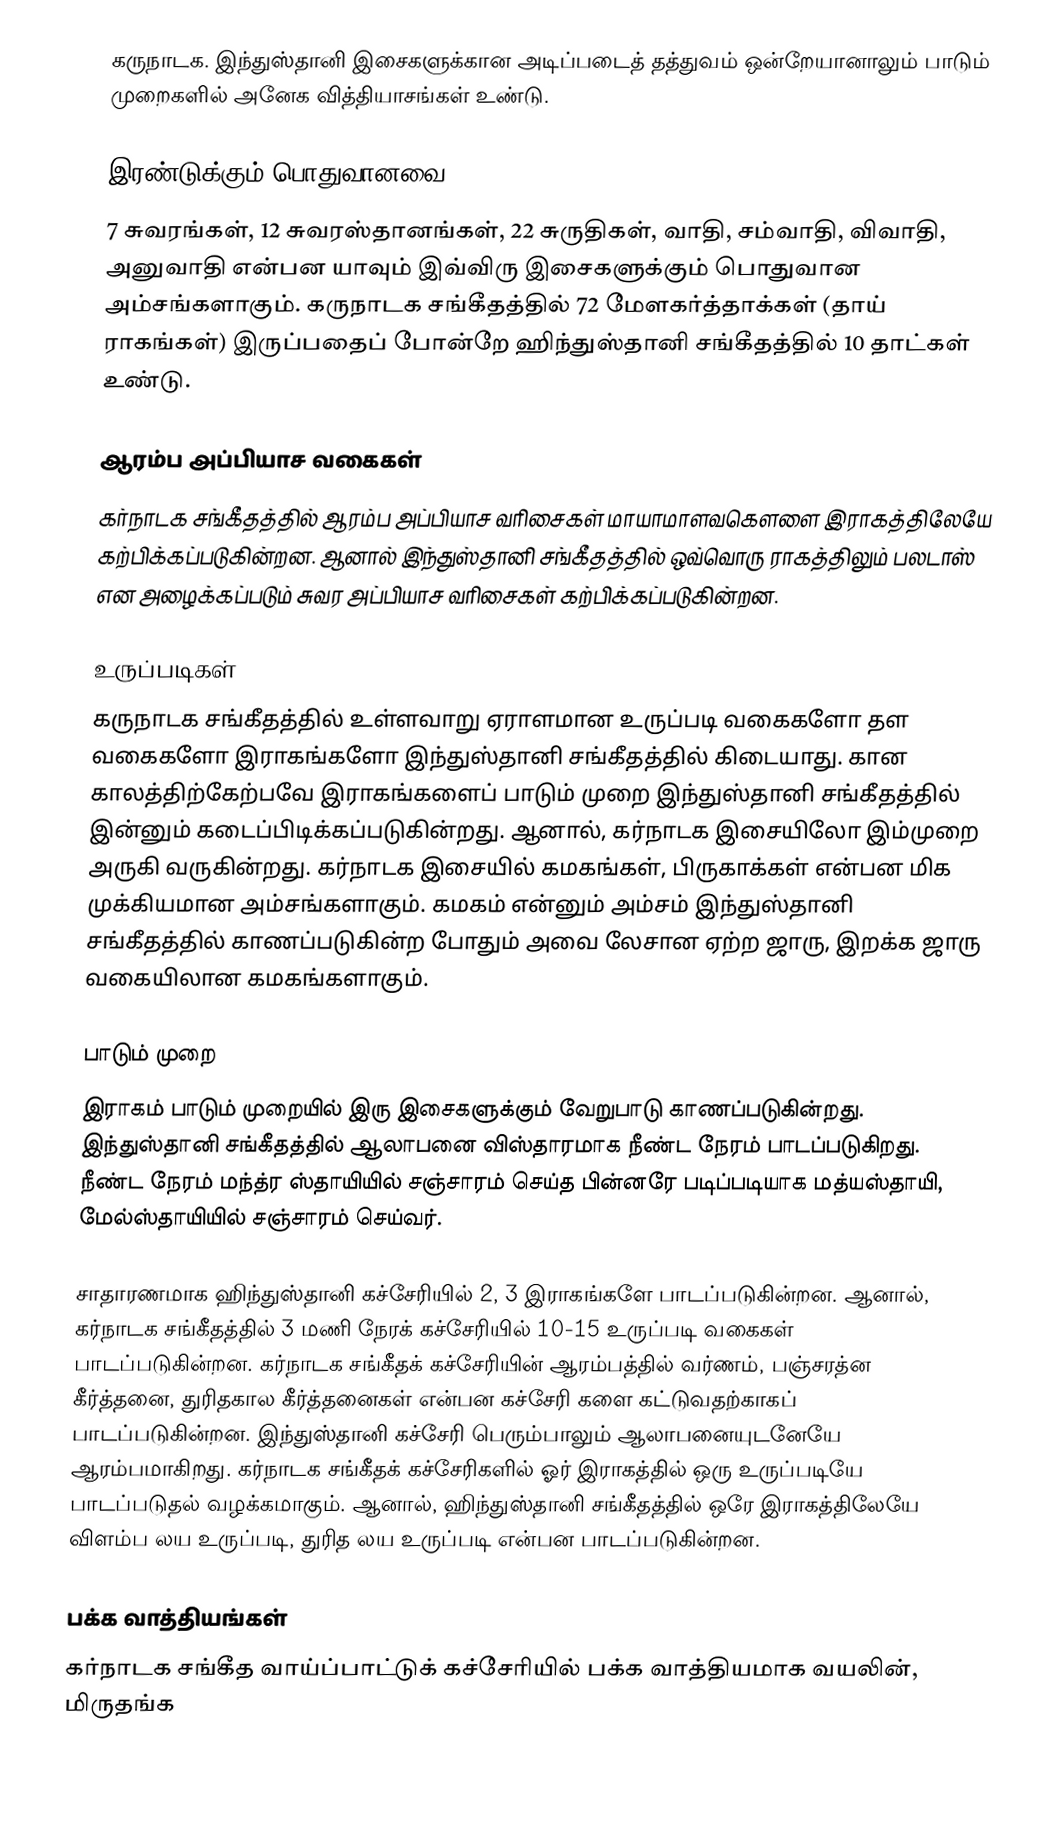
கருநாடக. இந்துஸ்தானி இசைகளுக்கான அடிப்படைத் தத்துவம் ஒன்றேயானாலும் பாடும் முறைகளில் அனேக வித்தியாசங்கள் உண்டு.

இரண்டுக்கும் பொதுவானவை
7 சுவரங்கள், 12 சுவரஸ்தானங்கள், 22 சுருதிகள், வாதி, சம்வாதி, விவாதி, அனுவாதி என்பன யாவும் இவ்விரு இசைகளுக்கும் பொதுவான அம்சங்களாகும். கருநாடக சங்கீதத்தில் 72 மேளகர்த்தாக்கள் (தாய் ராகங்கள்) இருப்பதைப் போன்றே ஹிந்துஸ்தானி சங்கீதத்தில் 10 தாட்கள் உண்டு.

ஆரம்ப அப்பியாச வகைகள்
கர்நாடக சங்கீதத்தில் ஆரம்ப அப்பியாச வரிசைகள் மாயாமாளவகெளளை இராகத்திலேயே கற்பிக்கப்படுகின்றன. ஆனால் இந்துஸ்தானி சங்கீதத்தில் ஒவ்வொரு ராகத்திலும் பலடாஸ் என அழைக்கப்படும் சுவர அப்பியாச வரிசைகள் கற்பிக்கப்படுகின்றன.

உருப்படிகள்
கருநாடக சங்கீதத்தில் உள்ளவாறு ஏராளமான உருப்படி வகைகளோ தள வகைகளோ இராகங்களோ இந்துஸ்தானி சங்கீதத்தில் கிடையாது. கான காலத்திற்கேற்பவே இராகங்களைப் பாடும் முறை இந்துஸ்தானி சங்கீதத்தில் இன்னும் கடைப்பிடிக்கப்படுகின்றது. ஆனால், கர்நாடக இசையிலோ இம்முறை அருகி வருகின்றது. கர்நாடக இசையில் கமகங்கள், பிருகாக்கள் என்பன மிக முக்கியமான அம்சங்களாகும். கமகம் என்னும் அம்சம் இந்துஸ்தானி சங்கீதத்தில் காணப்படுகின்ற போதும் அவை லேசான ஏற்ற ஜாரு, இறக்க ஜாரு வகையிலான கமகங்களாகும்.

பாடும் முறை
இராகம் பாடும் முறையில் இரு இசைகளுக்கும் வேறுபாடு காணப்படுகின்றது. இந்துஸ்தானி சங்கீதத்தில் ஆலாபனை விஸ்தாரமாக நீண்ட நேரம் பாடப்படுகிறது. நீண்ட நேரம் மந்த்ர ஸ்தாயியில் சஞ்சாரம் செய்த பின்னரே படிப்படியாக மத்யஸ்தாயி, மேல்ஸ்தாயியில் சஞ்சாரம் செய்வர்.

சாதாரணமாக ஹிந்துஸ்தானி கச்சேரியில் 2, 3 இராகங்களே பாடப்படுகின்றன. ஆனால், கர்நாடக சங்கீதத்தில் 3 மணி நேரக் கச்சேரியில் 10-15 உருப்படி வகைகள் பாடப்படுகின்றன. கர்நாடக சங்கீதக் கச்சேரியின் ஆரம்பத்தில் வர்ணம், பஞ்சரத்ன கீர்த்தனை, துரிதகால கீர்த்தனைகள் என்பன கச்சேரி களை கட்டுவதற்காகப் பாடப்படுகின்றன. இந்துஸ்தானி கச்சேரி பெரும்பாலும் ஆலாபனையுடனேயே ஆரம்பமாகிறது. கர்நாடக சங்கீதக் கச்சேரிகளில் ஓர் இராகத்தில் ஒரு உருப்படியே பாடப்படுதல் வழக்கமாகும். ஆனால், ஹிந்துஸ்தானி சங்கீதத்தில் ஒரே இராகத்திலேயே விளம்ப லய உருப்படி, துரித லய உருப்படி என்பன பாடப்படுகின்றன.

பக்க வாத்தியங்கள்
கர்நாடக சங்கீத வாய்ப்பாட்டுக் கச்சேரியில் பக்க வாத்தியமாக வயலின், மிருதங்க